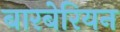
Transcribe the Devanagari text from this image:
बारबेरियन